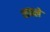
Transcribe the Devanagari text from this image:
शतले